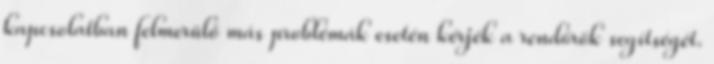
kapcsolatban felmerülő más problémák esetén kérjék a rendőrök segítségét.